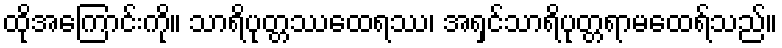
ထိုအကြောင်းကို။ သာရိပုတ္တဿထေရဿ၊ အရှင်သာရိပုတ္တရာမထေရ်သည်။